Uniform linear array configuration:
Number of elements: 8
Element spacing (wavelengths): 0.75
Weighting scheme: hann
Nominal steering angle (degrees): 0
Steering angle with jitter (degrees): -1.832
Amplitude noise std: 0.05
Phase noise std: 0.05

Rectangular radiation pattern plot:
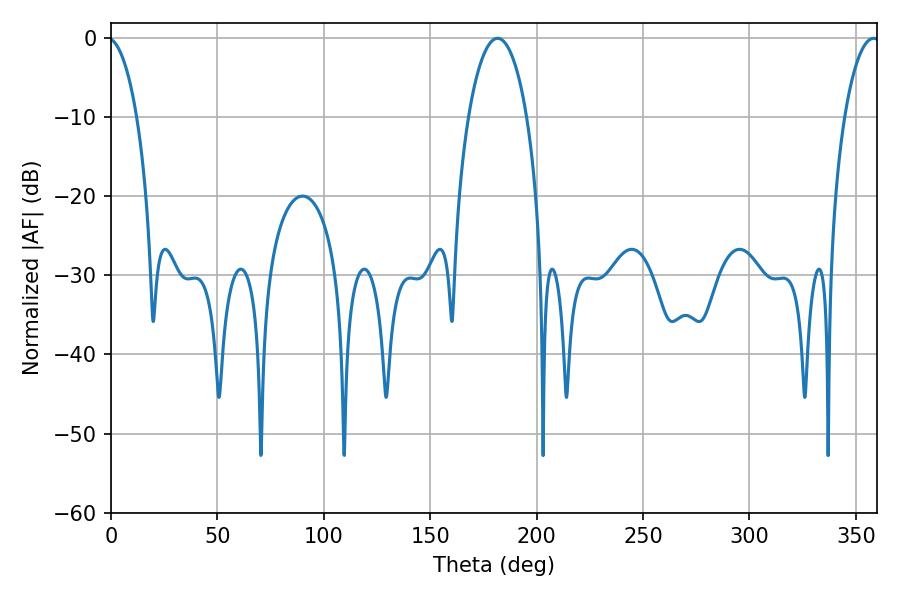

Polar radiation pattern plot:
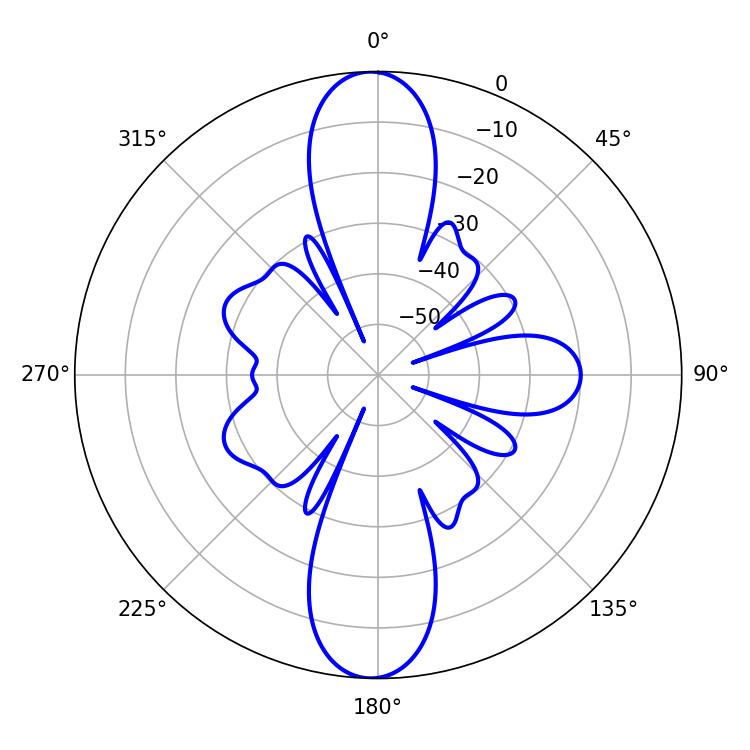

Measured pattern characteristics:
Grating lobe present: TRUE
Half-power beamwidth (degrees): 9.36
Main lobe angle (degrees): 358.38